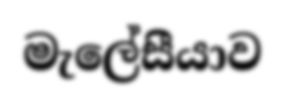
මැලේසීයාව